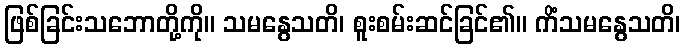
ဖြစ်ခြင်းသဘောတို့ကို။ သမနွေသတိ၊ စူးစမ်းဆင်ခြင်၏။ ကိံသမနွေသတိ၊